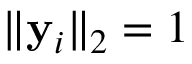
\| \mathbf { y } _ { i } \| _ { 2 } = 1